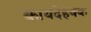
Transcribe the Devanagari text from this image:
कायदेहक्क